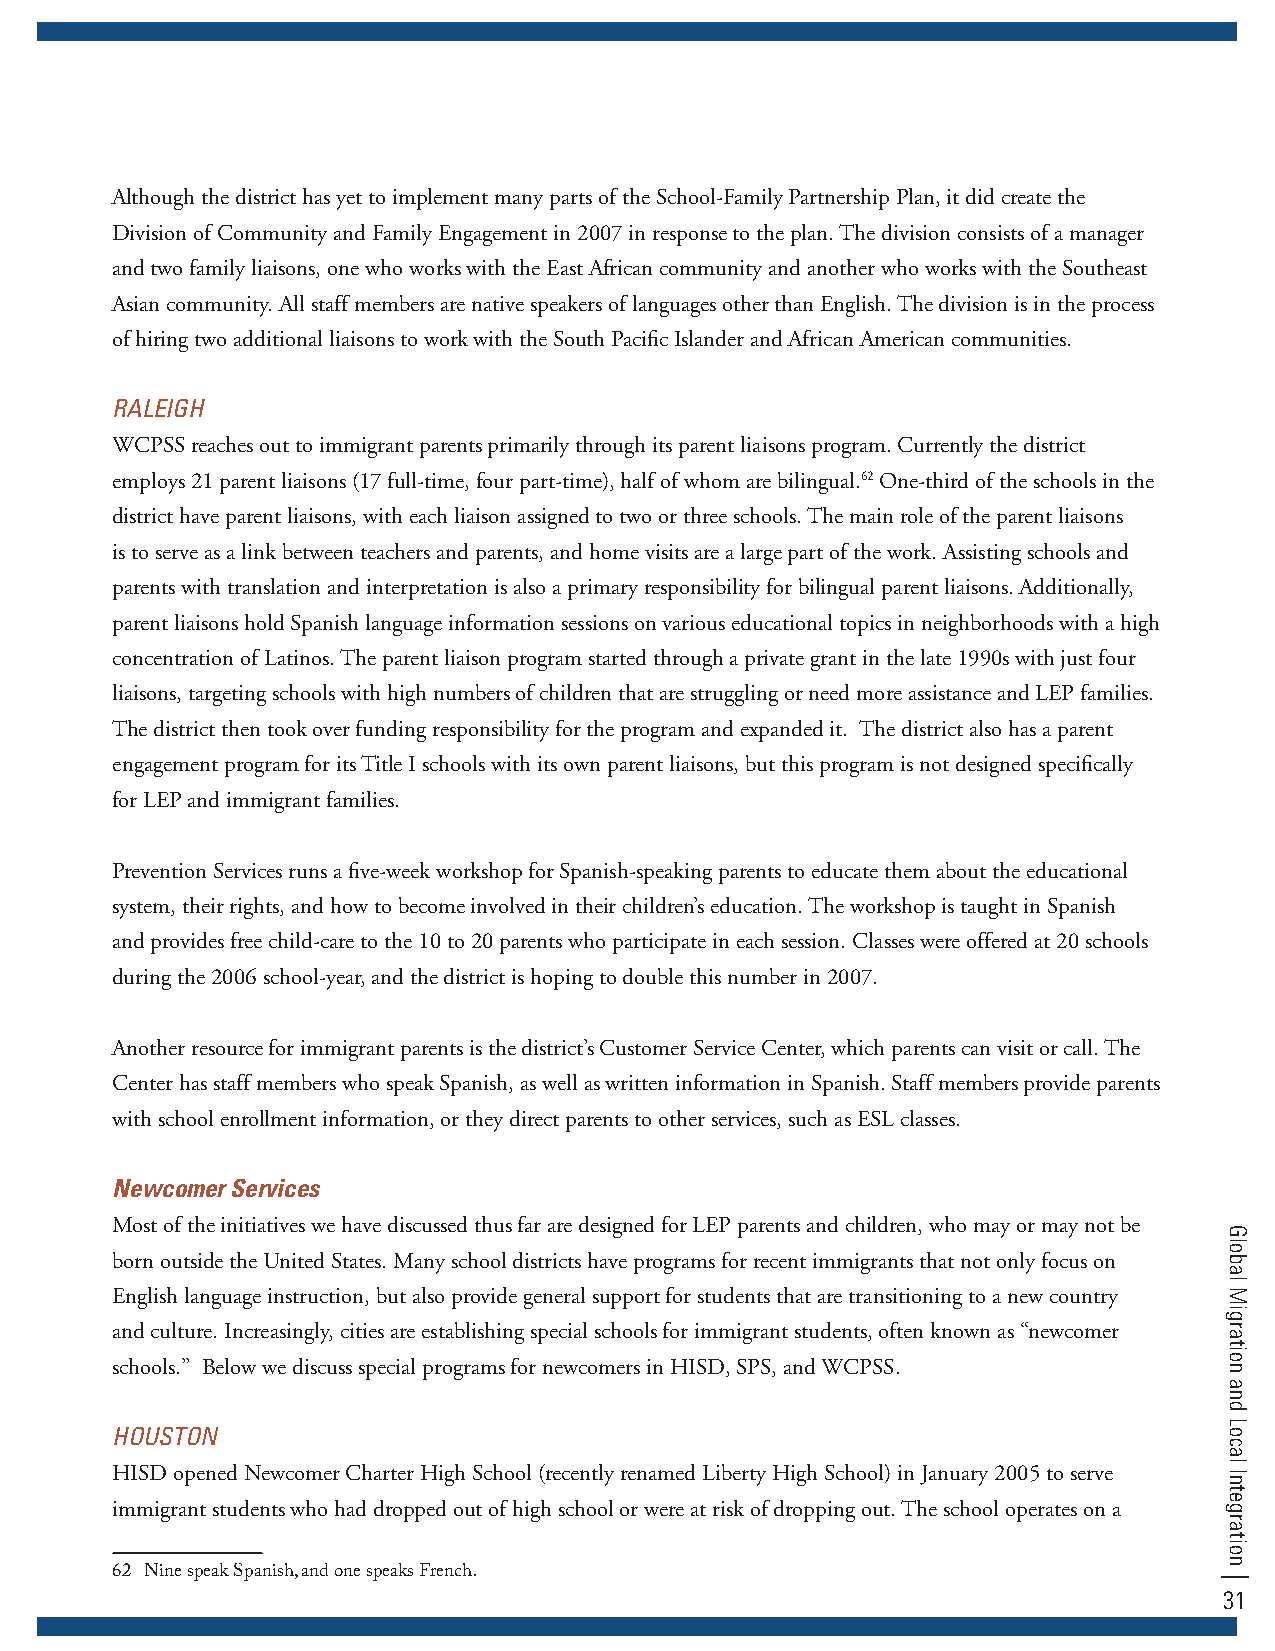
Although the district has yet to implement many parts of the School-Family Partnership Plan, it did create the
 Division of Community and Family Engagement in 2007 in response to the plan. The division consists of a manager
 and two family liaisons, one who works with the East African community and another who works with the Southeast
 Asian community. All staff members are native speakers of languages other than English. The division is in the process
 of hiring two additional liaisons to work with the South Pacific Islander and African American communities.
 RalEIgH
 WCPSS reaches out to immigrant parents primarily through its parent liaisons program. Currently the district
 employs 21 parent liaisons (17 full-time, four part-time), half of whom are bilingual.62 One-third of the schools in the
 district have parent liaisons, with each liaison assigned to two or three schools. The main role of the parent liaisons
 is to serve as a link between teachers and parents, and home visits are a large part of the work. Assisting schools and
 parents with translation and interpretation is also a primary responsibility for bilingual parent liaisons. Additionally,
 parent liaisons hold Spanish language information sessions on various educational topics in neighborhoods with a high
 concentration of Latinos. The parent liaison program started through a private grant in the late 1990s with just four
 liaisons, targeting schools with high numbers of children that are struggling or need more assistance and LEP families.
 The district then took over funding responsibility for the program and expanded it. The district also has a parent
 engagement program for its Title I schools with its own parent liaisons, but this program is not designed specifically
 for LEP and immigrant families.
 Prevention Services runs a five-week workshop for Spanish-speaking parents to educate them about the educational
 system, their rights, and how to become involved in their children’s education. The workshop is taught in Spanish
 and provides free child-care to the 10 to 20 parents who participate in each session. Classes were offered at 20 schools
 during the 2006 school-year, and the district is hoping to double this number in 2007.
 Another resource for immigrant parents is the district’s Customer Service Center, which parents can visit or call. The
 Center has staff members who speak Spanish, as well as written information in Spanish. Staff members provide parents
 with school enrollment information, or they direct parents to other services, such as ESL classes.
 Newcomer Services
 Most of the initiatives we have discussed thus far are designed for LEP parents and children, who may or may not be
 born outside the United States. Many school districts have programs for recent immigrants that not only focus on
 English language instruction, but also provide general support for students that are transitioning to a new country
 and culture. Increasingly, cities are establishing special schools for immigrant students, often known as “newcomer
 schools.” Below we discuss special programs for newcomers in HISD, SPS, and WCPSS.
 HOuSTOn
 HISD opened Newcomer Charter High School (recently renamed Liberty High School) in January 2005 to serve
 immigrant students who had dropped out of high school or were at risk of dropping out. The school operates on a
 62 Nine speak Spanish, and one speaks French.
 31
 Global
 Migration
 and
 Local
 Integration